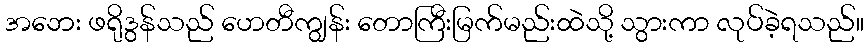
အဘေး ဖရိုဒွန်သည် ဟေတီကျွန်း တောကြီးမြက်မည်းထဲသို့ သွားကာ လုပ်ခဲ့ရသည်။